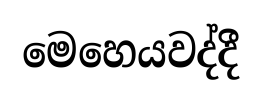
මෙහෙයවද්දී